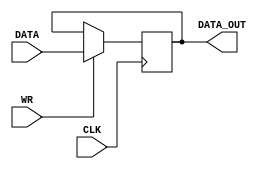
module reg32(CLK, WR, DATA, DATA_OUT);

input wire CLK;
input wire [31:0] DATA;
input wire WR;
output reg [31:0] DATA_OUT;

initial begin
	DATA_OUT <= 32'd0;
end

always @ (posedge CLK) begin
	if (WR==1) begin
		DATA_OUT <= DATA;
	end
end

endmodule